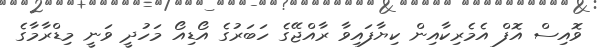
ވޮއިސް އޮފް އެމެރިކާއިން ކިޔާފައިވާ ރާއްޖޭގެ ހަބަރުގެ އޯޑިއޯ މަހުދީ ވަނީ މިޑްރާމާގެ